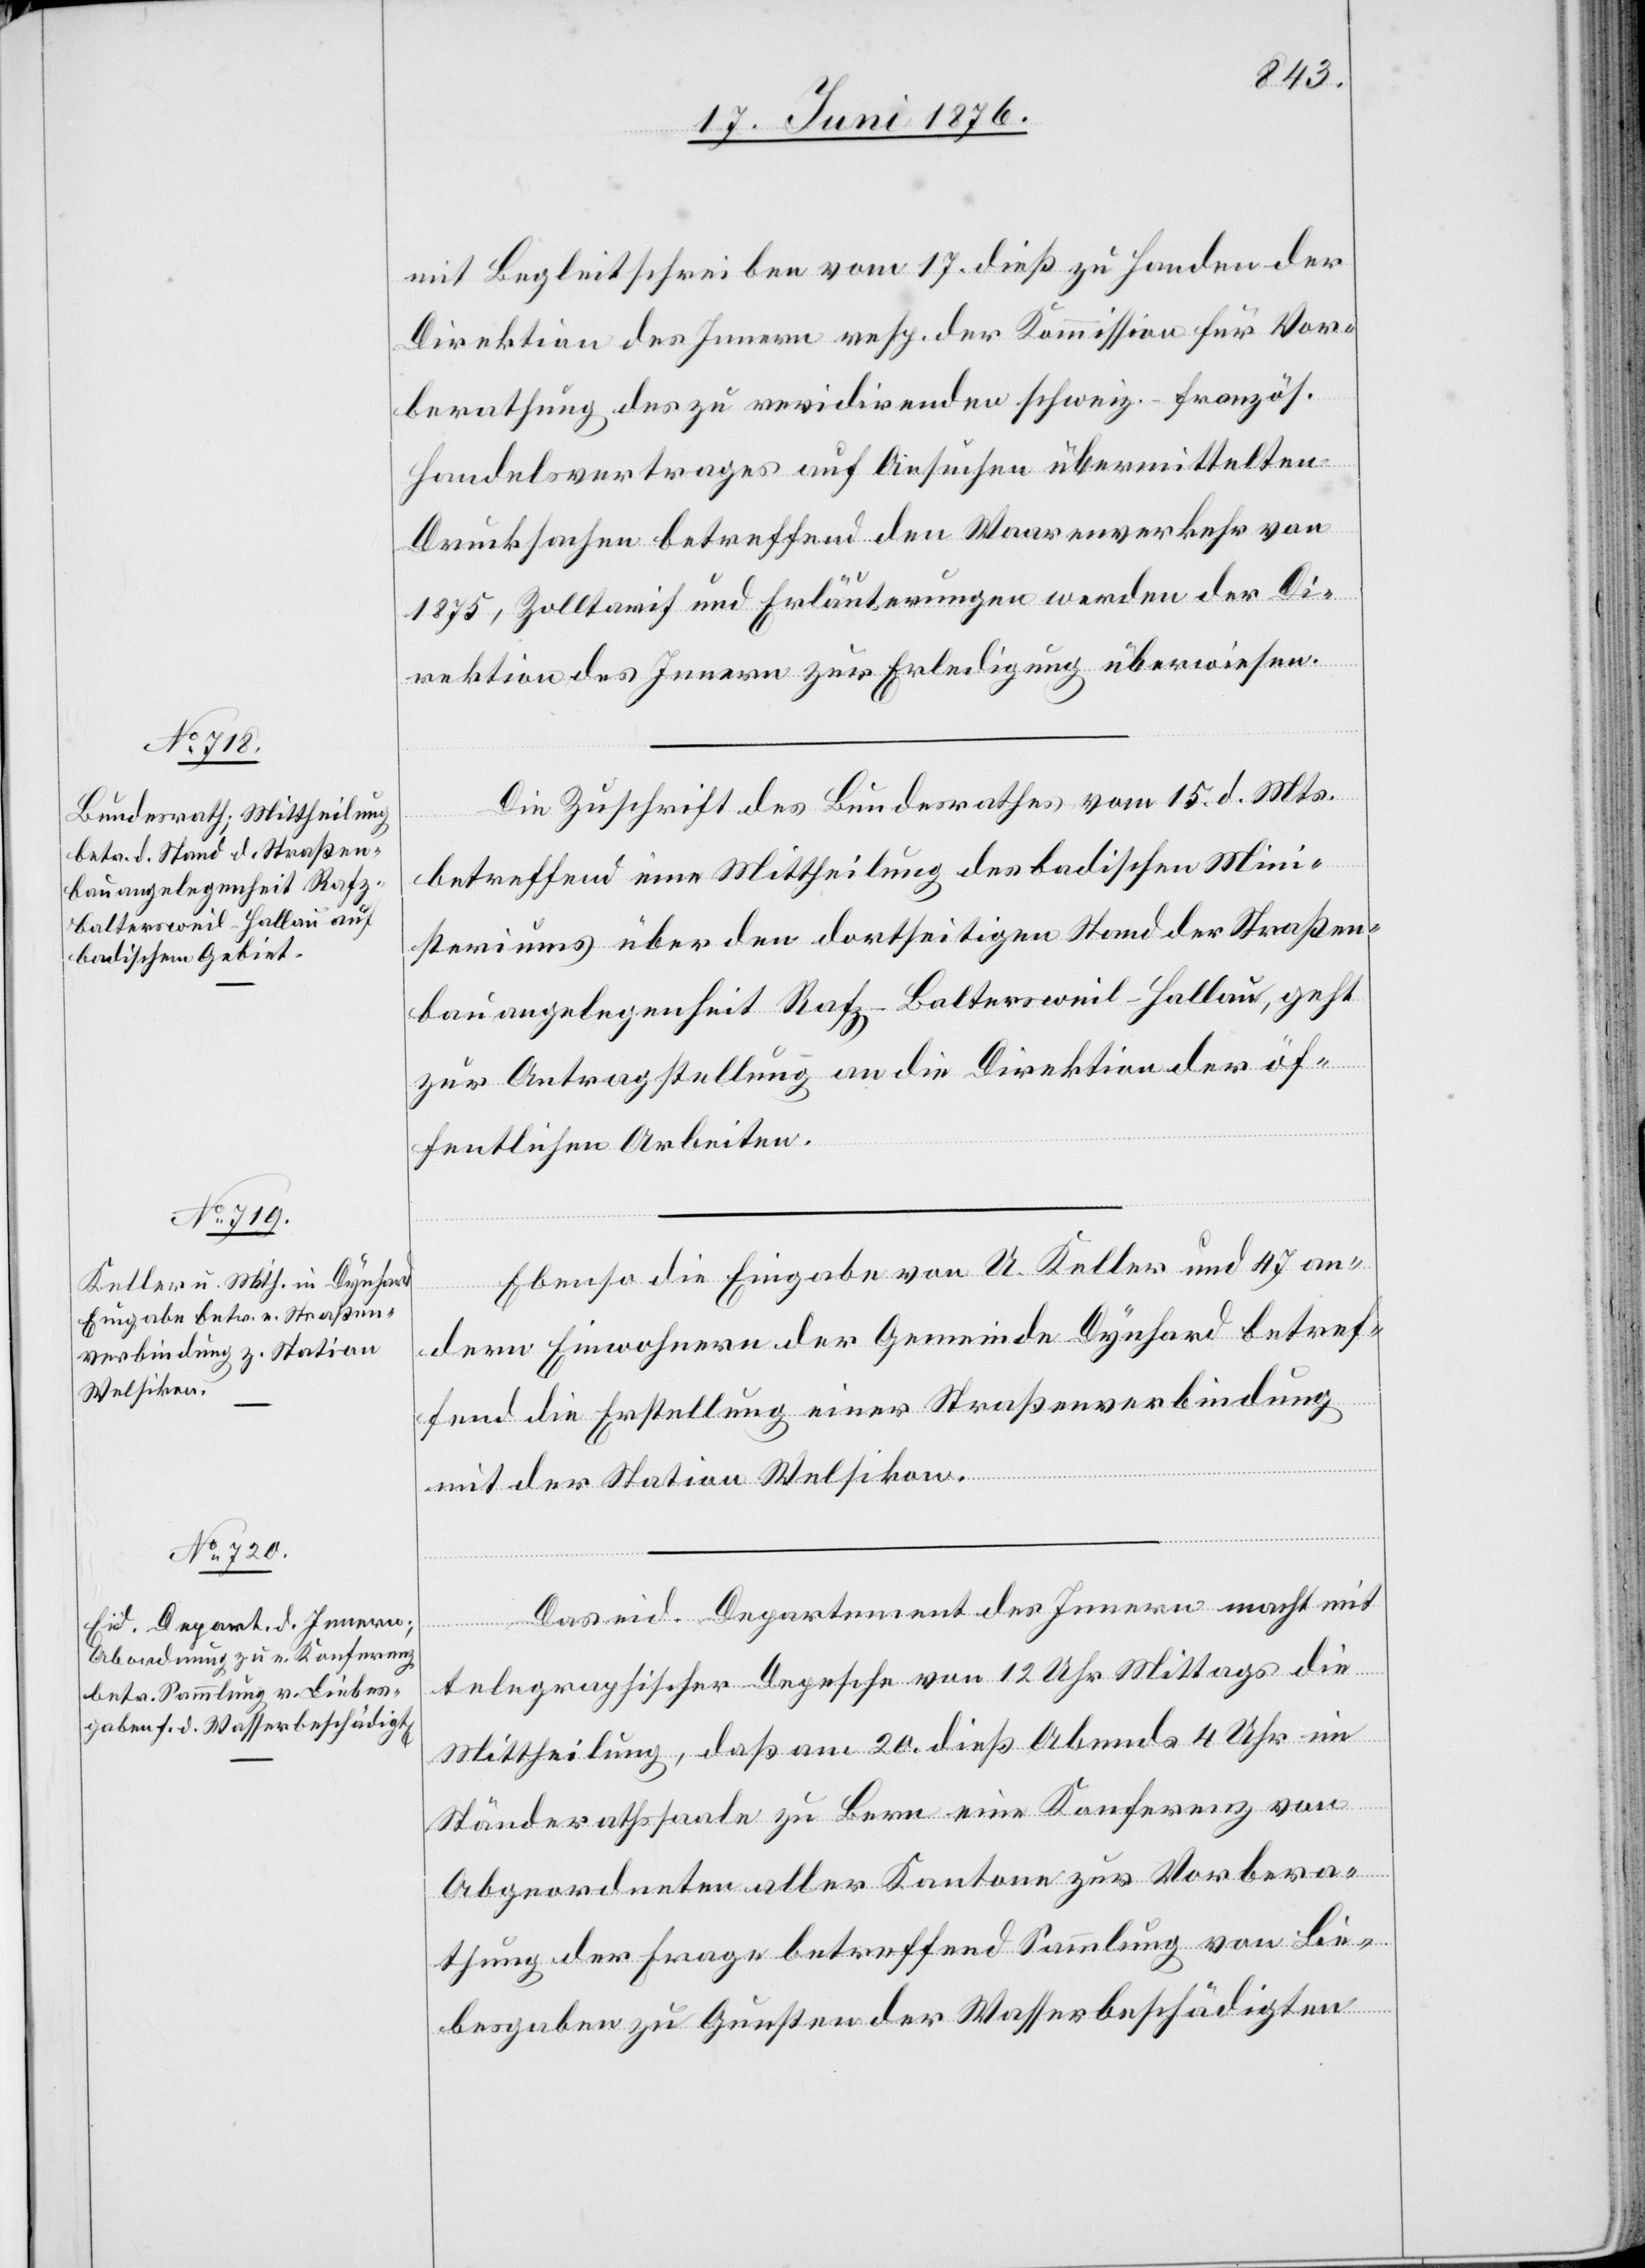
19. Juni 1876.]
mit Begleitschreiben vom 17. dieß zu Handen der
Direktion des Innern resp. der Kommission für Vor¬
berathung des zu revidirenden schweiz.-französ.
Handelsvertrages auf Ansuchen übermittelten
Drucksachen betreffend den Waarenverkehr von
1875, Zolltarif und Erläuterungen werden der Di¬
rektion des Innern zur Erledigung überwiesen.
Die Zuschrift des Bundesrathes vom 15. d. Mts.
betreffend eine Mittheilung des badischen Mini¬
steriums über den dortseitigen Stand der Straßen¬
bauangelegenheit Rafz–Baltersweil–Hallau, geht
zur Antragstellung an die Direktion der öf¬
fentlichen Arbeiten.
Ebenso die Eingabe von U. Keller und 47 an¬
dern Einwohnern der Gemeinde Dynhard betref¬
fend die Erstellung einer Straßenverbindung
mit der Station Welsikon.
Das eid. Departement des Innern macht mit
telegraphischer Depesche von 12 Uhr Mittags die
Mittheilung, daß am 20. dieß Abends 4 Uhr im
Ständerathssaale zu Bern eine Konferenz von
Angeordneten aller Kantone zur Vorbera¬
thung der Frage betreffend Sammlung von Lie¬
besgaben zu Gunsten der Wasserbeschädigten